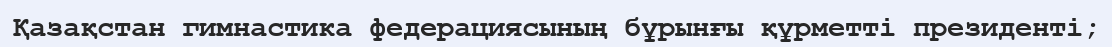
Қазақстан гимнастика федерациясының бұрынғы құрметті президенті;